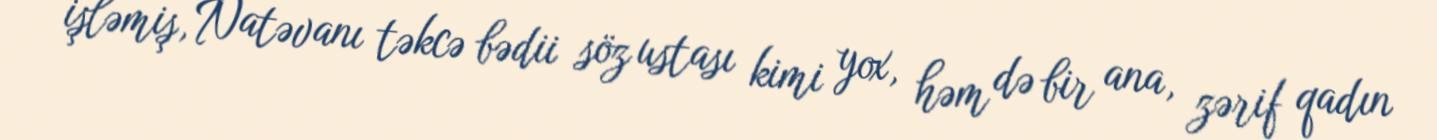
işləmiş, Natəvanı təkcə bədii söz ustası kimi yox, həm də bir ana, zərif qadın